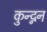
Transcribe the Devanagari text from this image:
कुन्द्नन